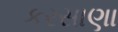
કરસાણા